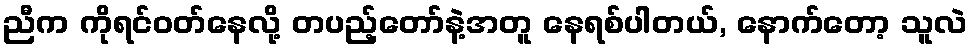
ညီက ကိုရင်ဝတ်နေလို့ တပည့်တော်နဲ့အတူ နေရစ်ပါတယ်, နောက်တော့ သူလဲ